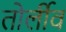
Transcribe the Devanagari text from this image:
तोर्लीव